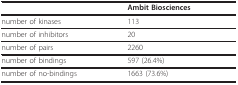
<table><thead><tr><td></td><td><b>Ambit Biosciences</b></td></tr></thead><tbody><tr><td>number of kinases</td><td>113</td></tr><tr><td>number of inhibitors</td><td>20</td></tr><tr><td>number of pairs</td><td>2260</td></tr><tr><td>number of bindings</td><td>597 (26.4%)</td></tr><tr><td>number of no-bindings</td><td>1663 (73.6%)</td></tr></tbody></table>